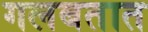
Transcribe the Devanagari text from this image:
गलबतात